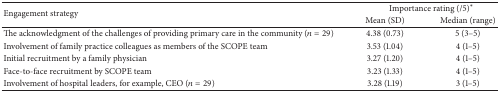
| <ROWSPAN=2> Engagement strategy | <COLSPAN=2> Importance rating (/5)∗ |
 | Mean (SD) | Median (range) |
 | --- | --- | --- |
 | The acknowledgment of the challenges of providing primary care in the community (n = 29) | 4.38 (0.73) | 5 (3–5) |
 | Involvement of family practice colleagues as members of the SCOPE team | 3.53 (1.04) | 4 (1–5) |
 | Initial recruitment by a family physician | 3.27 (1.20) | 4 (1–5) |
 | Face-to-face recruitment by SCOPE team | 3.23 (1.33) | 4 (1–5) |
 | Involvement of hospital leaders, for example, CEO (n = 29) | 3.28 (1.19) | 3 (1–5) |